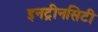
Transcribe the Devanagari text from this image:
इनट्रीनसिटी